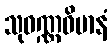
သုဝဏ္ဏဝိမာနံ